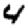
Digit: 4